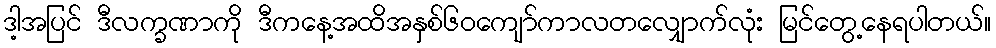
ဒါ့အပြင် ဒီလက္ခဏာကို ဒီကနေ့အထိအနှစ်၆ဝကျော်ကာလတလျှောက်လုံး မြင်တွေ့နေရပါတယ်။